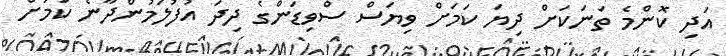
އަދި ކޮންމެ ތަނަކަށް ދިޔަ ކަމަށް ވިޔަސް ސްވިޑަންގެ ދިދަ އުފުލަމުންދާނެ ކަމަށް